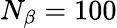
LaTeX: N_{\beta}=100